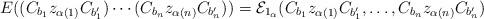
LaTeX: \begin{align*}E((C_{b_1} z_{\alpha(1)} C_{b'_1}) \cdots (C_{b_n} z_{\alpha(n)} C_{b'_n})) = \mathcal{E}_{1_\alpha}(C_{b_1} z_{\alpha(1)} C_{b'_1}, \ldots, C_{b_n} z_{\alpha(n)} C_{b'_n})\end{align*}